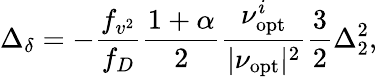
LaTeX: \Delta_{\delta}=-\frac{f_{v^{2}}}{f_{D}}\frac{1+\alpha}{2}\frac{\nu_{\mathrm{opt}}^{i}}{|\nu_{\mathrm{opt}}|^{2}}\frac{3}{2}\Delta_{2}^{2},